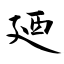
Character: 廼